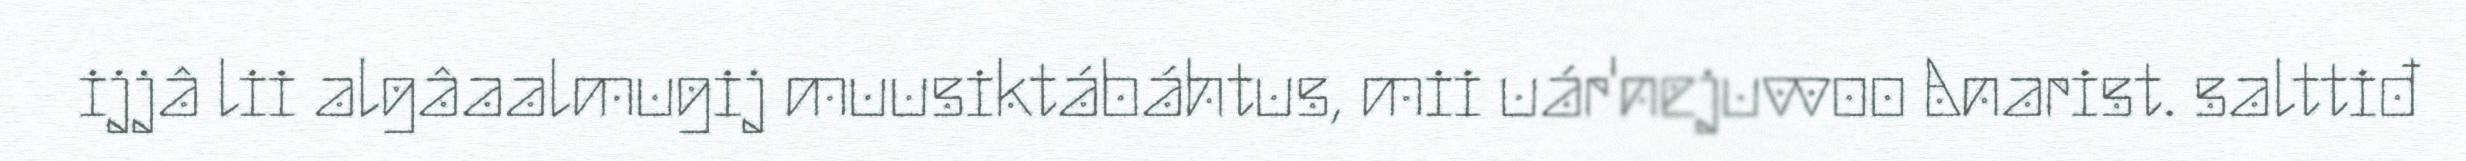
ijjâ lii algâaalmugij muusiktábáhtus, mii uár'nejuvvoo Anarist. salttiđ